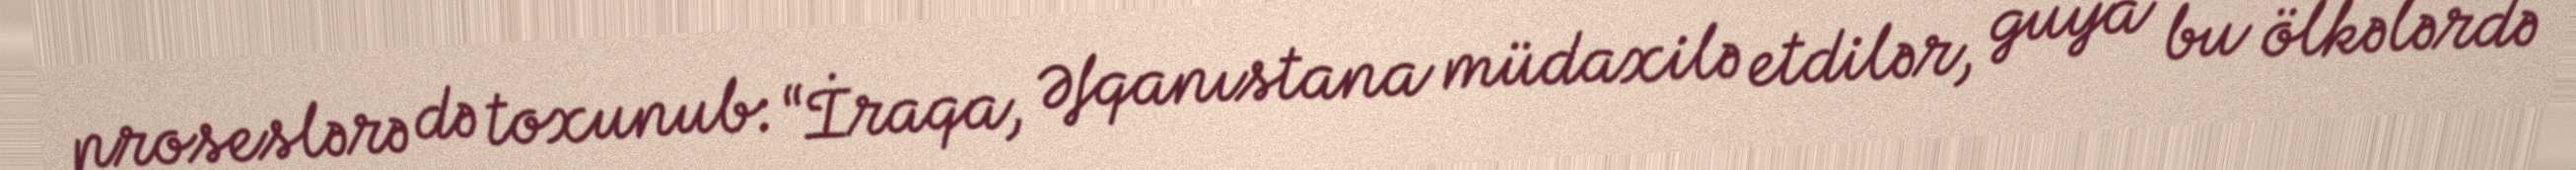
proseslərə də toxunub: “İraqa, Əfqanıstana müdaxilə etdilər, guya bu ölkələrdə